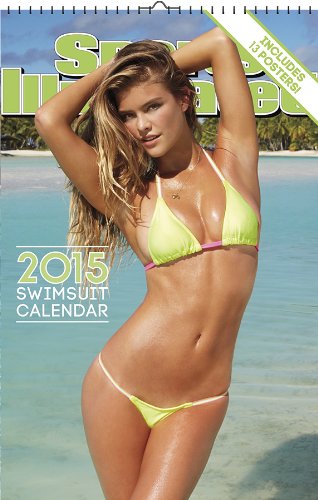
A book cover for Sports Illustrated Swimsuit 2015 Oversized Wall Calendar; Trends International; Calendars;